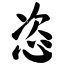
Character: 恣